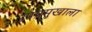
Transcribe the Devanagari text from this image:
उपप्रमुखाला